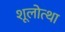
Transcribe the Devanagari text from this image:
शूलोत्था